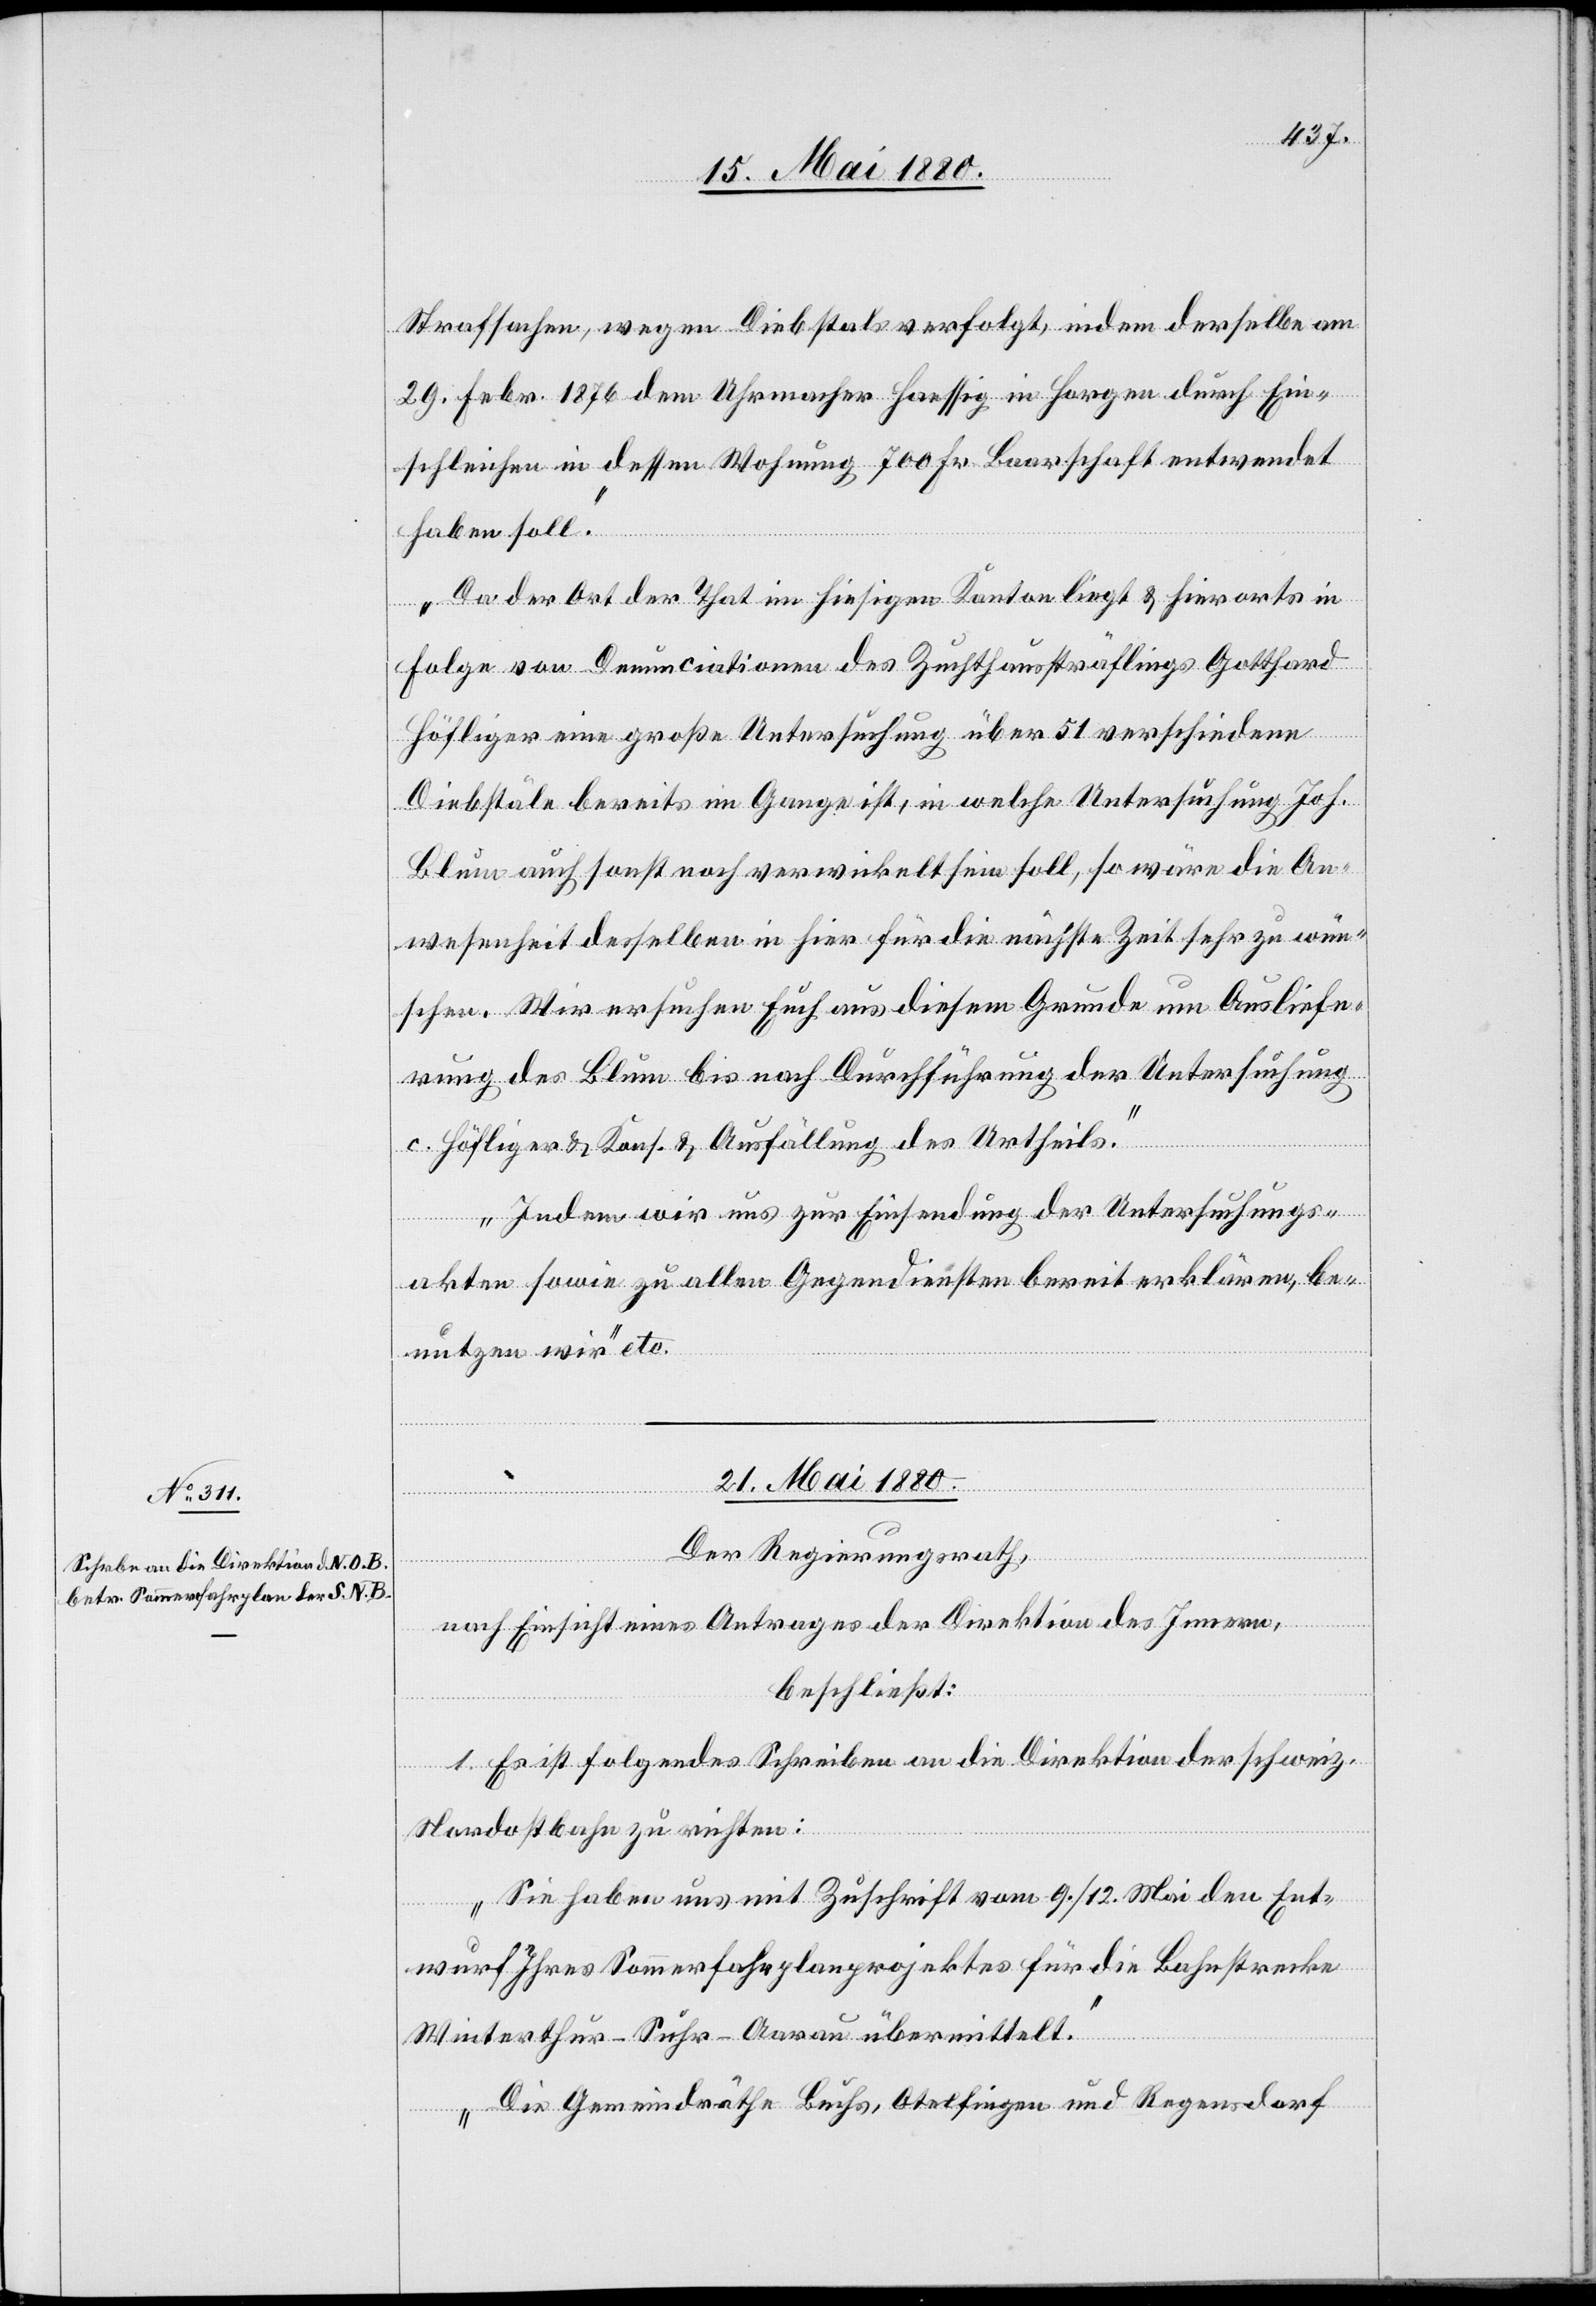
Strafsachen, wegen Diebstals verfolgt, indem derselbe am
29. Febr. 1876 dem Uhrmacher Haessig in Horgen durch Ein¬
schleichen in dessen Wohnung 700 Fr. Baarschaft entwendet
haben soll.
Da der Ort der That im hiesigen Kanton liegt & hierorts in
Folge von Denunciation des Zuchthaussträflings Gotthard
Höfliger eine große Untersuchung über 51 verschiedene
Diebstäle bereits im Gange ist, in welche Untersuchung Joh.
Blum auch sonst noch verwickelt sein soll, so wäre die An¬
wesenheit desselben in hier für die nächste Zeit sehr zu wün¬
schen. Wir ersuchen Euch aus diesem Grunde um Ausliefe¬
rung des Blum bis nach Durchführung der Untersuchung
c. Höfliger & Karl & Ausfällung des Urtheils.
Indem wir uns zur Einsendung der Untersuchungs¬
akten sowie zu allen Gegendiensten bereit erklären, be¬
nutzen wir“ etc.
21. Mai 1880.
Der Regierungsrath,
nach Einsicht eines Antrages der Direktion des Innern,
beschließt:
1. Es ist folgendes Schreiben an die Direktion der schweiz.
Nordostbahn zu richten:
„Sie haben uns mit Zuschrift vom 9./12. Mai den Ent¬
wurf Ihres Sommerfahrplanprojektes für die Bahnstrecke
Winterthur–Suhr–Aarau übermittelt.
Die Gemeindräthe Buchs, Otelfingen und Regensdorf